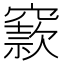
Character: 窾